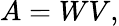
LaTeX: A=WV,